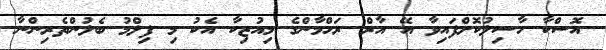
އޮސްކާ ހާސިލުކޮށްފައިވާ އޭ އާރް ރަހްމާންގެ މިއުޒިކާ އެކު މި ފިލްމު ބެލުންތެރިންނާ